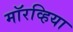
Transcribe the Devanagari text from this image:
मॉरव्हिया